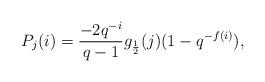
LaTeX: \begin{align*}P_j(i)=\frac{-2q^{-i}}{q-1}g_\frac{1}{2}(j)(1-q^{-f(i)}),\end{align*}